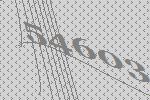
54603